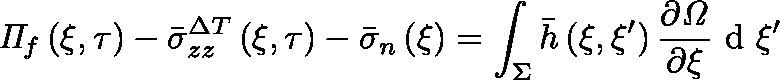
\mathit { \Pi } _ { f } \left( \xi , \tau \right) - { \bar { \sigma } _ { z z } } ^ { \Delta T } \left( \xi , \tau \right) - \bar { \sigma } _ { n } \left( \xi \right) = \int _ { \Sigma } \bar { h } \left( \xi , \xi ^ { \prime } \right) \frac { \partial \mathit { \Omega } } { \partial \xi } \mathrm { ~ d ~ } \xi ^ { \prime }